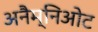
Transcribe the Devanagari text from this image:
अनैम्निओट